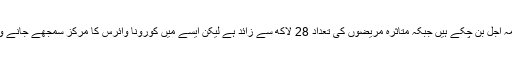
کورونا سے دنیا بھر میں اب تک 2 لاکھ افراد لقمہ اجل بن چکے ہیں جبکہ متاثرہ مریضوں کی تعداد 28 لاکھ سے زائد ہے لیکن ایسے میں کورونا وائرس کا مرکز سمجھے جانے والا چینی شہرووہان بالکل کورونا فری ہوگیا ہے۔